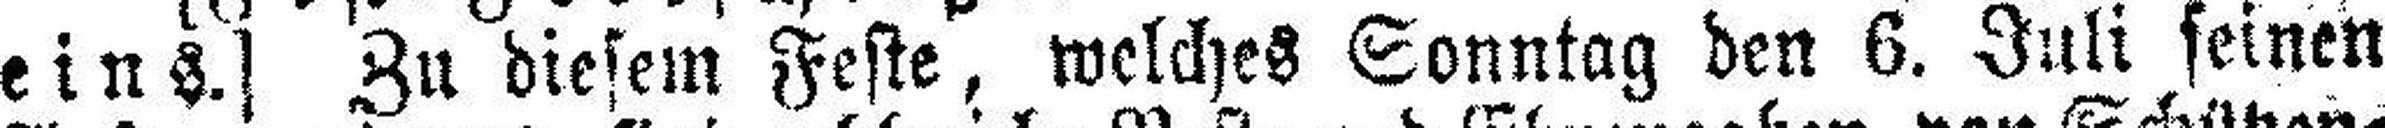
eins.] Zu diesem Feste, welches Sonntag den 6. Juli seinen